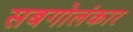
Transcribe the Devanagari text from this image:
सबगोलंकार